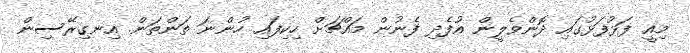
މިއީ ފަޅުފަޅުގައި ދޮންވެލީން އުފެދި ފެނުން މައްޗަށް ހިކިފައި ހުންނަ ތަންތަން. އިނގިރޭސިން